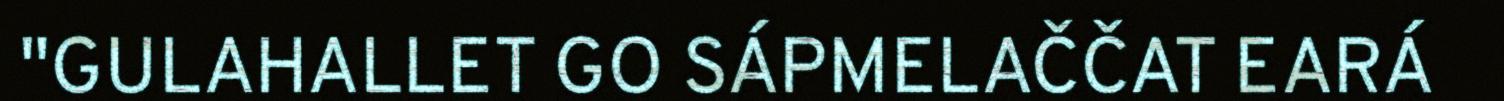
"GULAHALLET GO SÁPMELAČČAT EARÁ